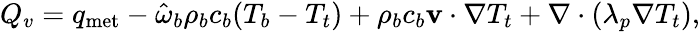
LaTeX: \begin{array}{r}{Q_{v}=q_{\textrm{met}}-\hat{\omega}_{b}\rho_{b}c_{b}(T_{b}-T_{t})+\rho_{b}c_{b}\mathbf v\cdot\nabla T_{t}+\nabla\cdot(\lambda_{p}\nabla T_{t}),}\end{array}